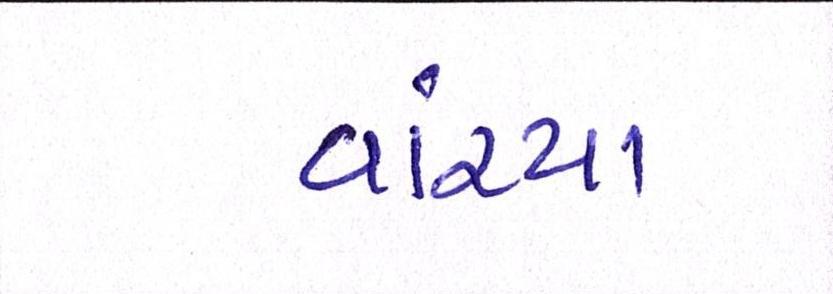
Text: વાંચ્યા